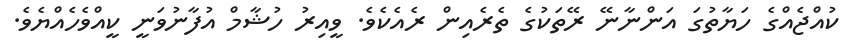
ކުއްޖެއްގެ ހަޔާތުގަ އަންނާނޭ ރޭތަކުގެ ތެރެއިން ރެއެކެވެ. ވީއިރު ހުޝާމް އުފާނުވަނީ ކީއްވެހެއްޔެވެ.